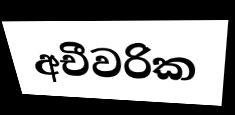
අචීවරික